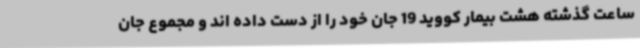
ساعت گذشته هشت بیمار کووید 19 جان خود را از دست داده اند و مجموع جان